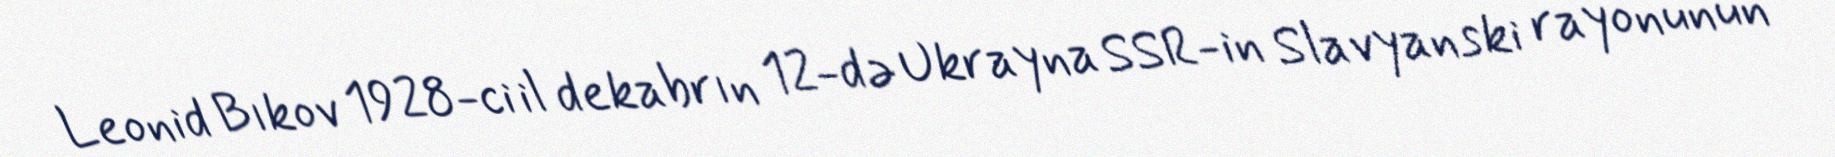
Leonid Bıkov 1928-ci il dekabrın 12-də Ukrayna SSR-in Slavyanski rayonunun